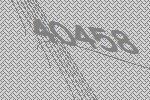
40458